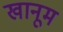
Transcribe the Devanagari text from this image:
खानूम